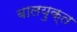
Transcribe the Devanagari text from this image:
बालयुक्त